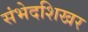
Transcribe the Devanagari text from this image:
संभेदशिखर